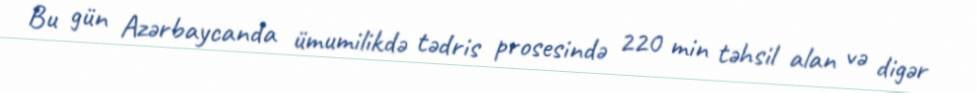
Bu gün Azərbaycanda ümumilikdə tədris prosesində 220 min təhsil alan və digər